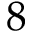
8